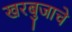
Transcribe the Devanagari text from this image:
खरबुजाचे